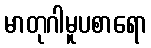
မာတုဂါမူပစာရော